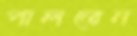
পালতেন